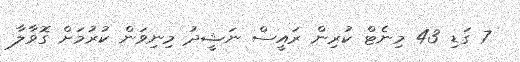
7 ގަޑި 43 މިނެޓް ކުރިން ރައީސް ނަޝީދު މިނިވަން ކުރުމަށް ގޮވާލާ